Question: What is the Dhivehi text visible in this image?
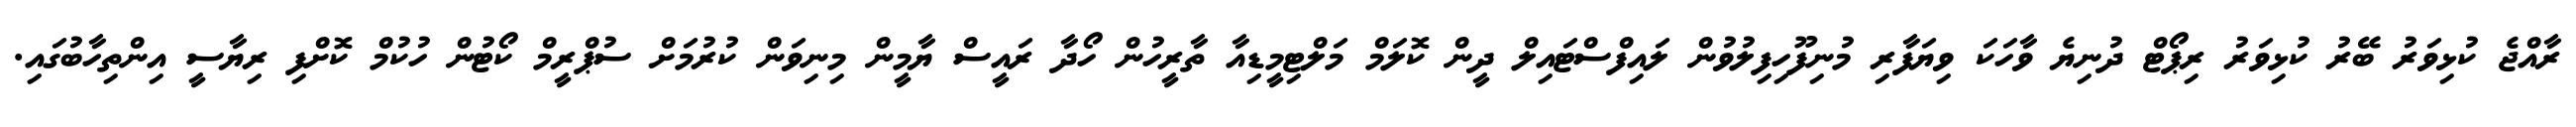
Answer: ރާއްޖެ ކުޅިވަރު ބޭރު ކުޅިވަރު ރިޕޯޓް ދުނިޔެ ވާހަކަ ވިޔަފާރި މުނިފޫހިފިލުވުން ލައިފްސްޓައިލް ދީން ކޮލަމް މަލްޓިމީޑިއާ ތާރީހުން ހޯދާ ރައީސް ޔާމީން މިނިވަން ކުރުމަށް ސުޕްރީމް ކޯޓުން ހުކުމް ކޮށްފި ރިޔާސީ އިންތިހާބުގައި.